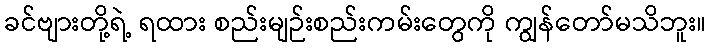
ခင်ဗျားတို့ရဲ့ ရထား စည်းမျဉ်းစည်းကမ်းတွေကို ကျွန်တော်မသိဘူး။